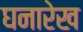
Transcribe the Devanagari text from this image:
घनारेख